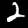
Digit: 2